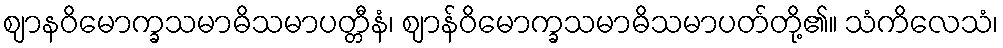
ဈာနဝိမောက္ခသမာဓိသမာပတ္တီနံ၊ ဈာန်ဝိမောက္ခသမာဓိသမာပတ်တို့၏။ သံကိလေသံ၊